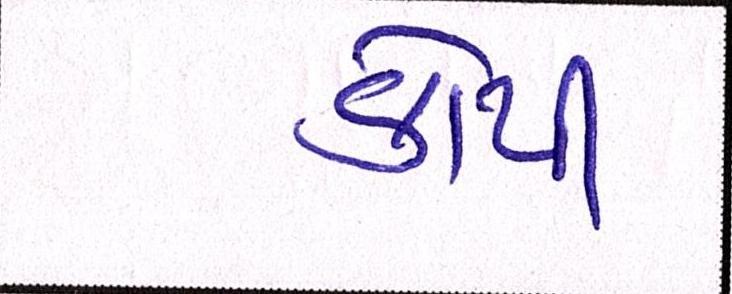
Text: કોપી